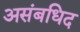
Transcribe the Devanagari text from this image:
असंबधिद